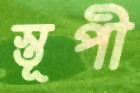
স্তূপী